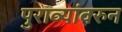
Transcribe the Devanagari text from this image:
पुराव्यांवरुन